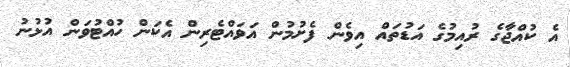
އެ ކުއްޖާގެ ރުއިމުގެ އަޑުތައް އިވެން ފެށުމުން އަވައްޓެރިން އެކަން ހުއްޓުވަން އުޅުނު